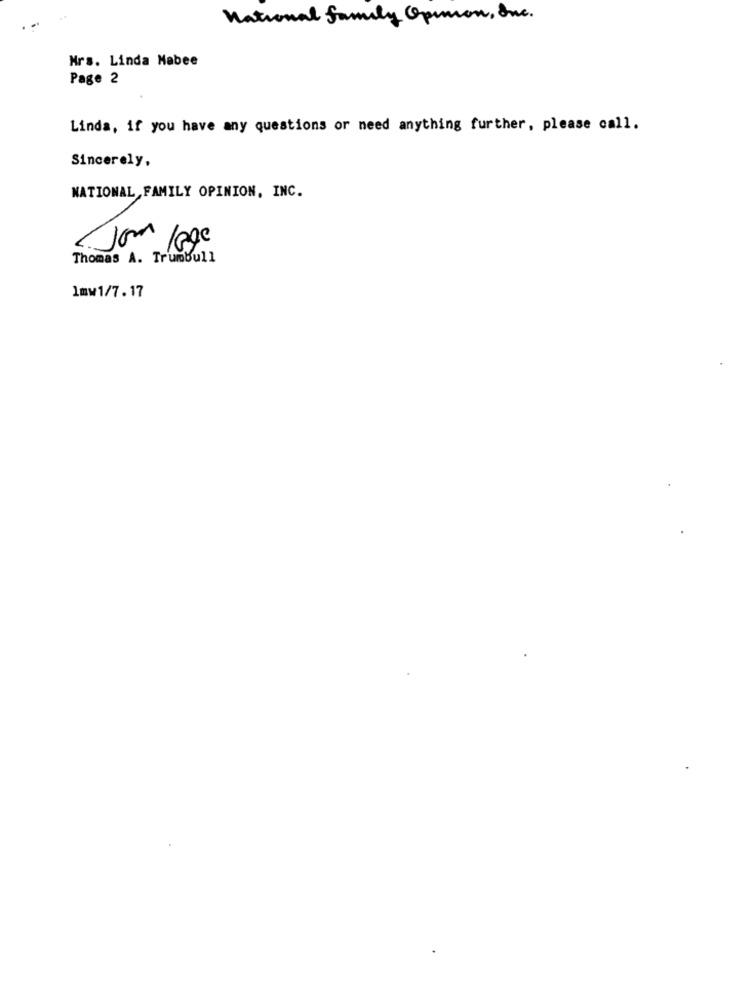
National family Opinion, Inc.
Mrs. Linda Mabee
Page 2
Linda, if you have any questions or need anything further, please call.
Sincerely,
NATIONAL FAMILY OPINION, INC.
<Jour lage
Thomas A. Trumbull
1mw1/7.17